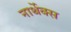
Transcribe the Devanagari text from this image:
नार्थेक्स